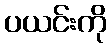
ပယင်းကို